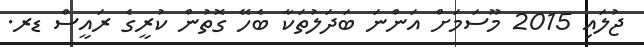
ޖުލައި 2015 މޫސަމަށް އަންނަ ބަދަލުތަކާ ބެހޭ ގޮތުން ކުރީގެ ރައީސް ޑރ.